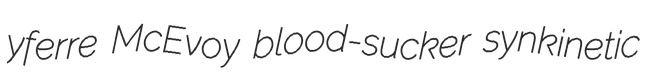
yferre McEvoy blood-sucker synkinetic